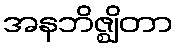
အနဘိဇ္ဈိတာ